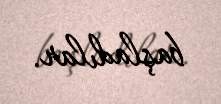
başladılar.